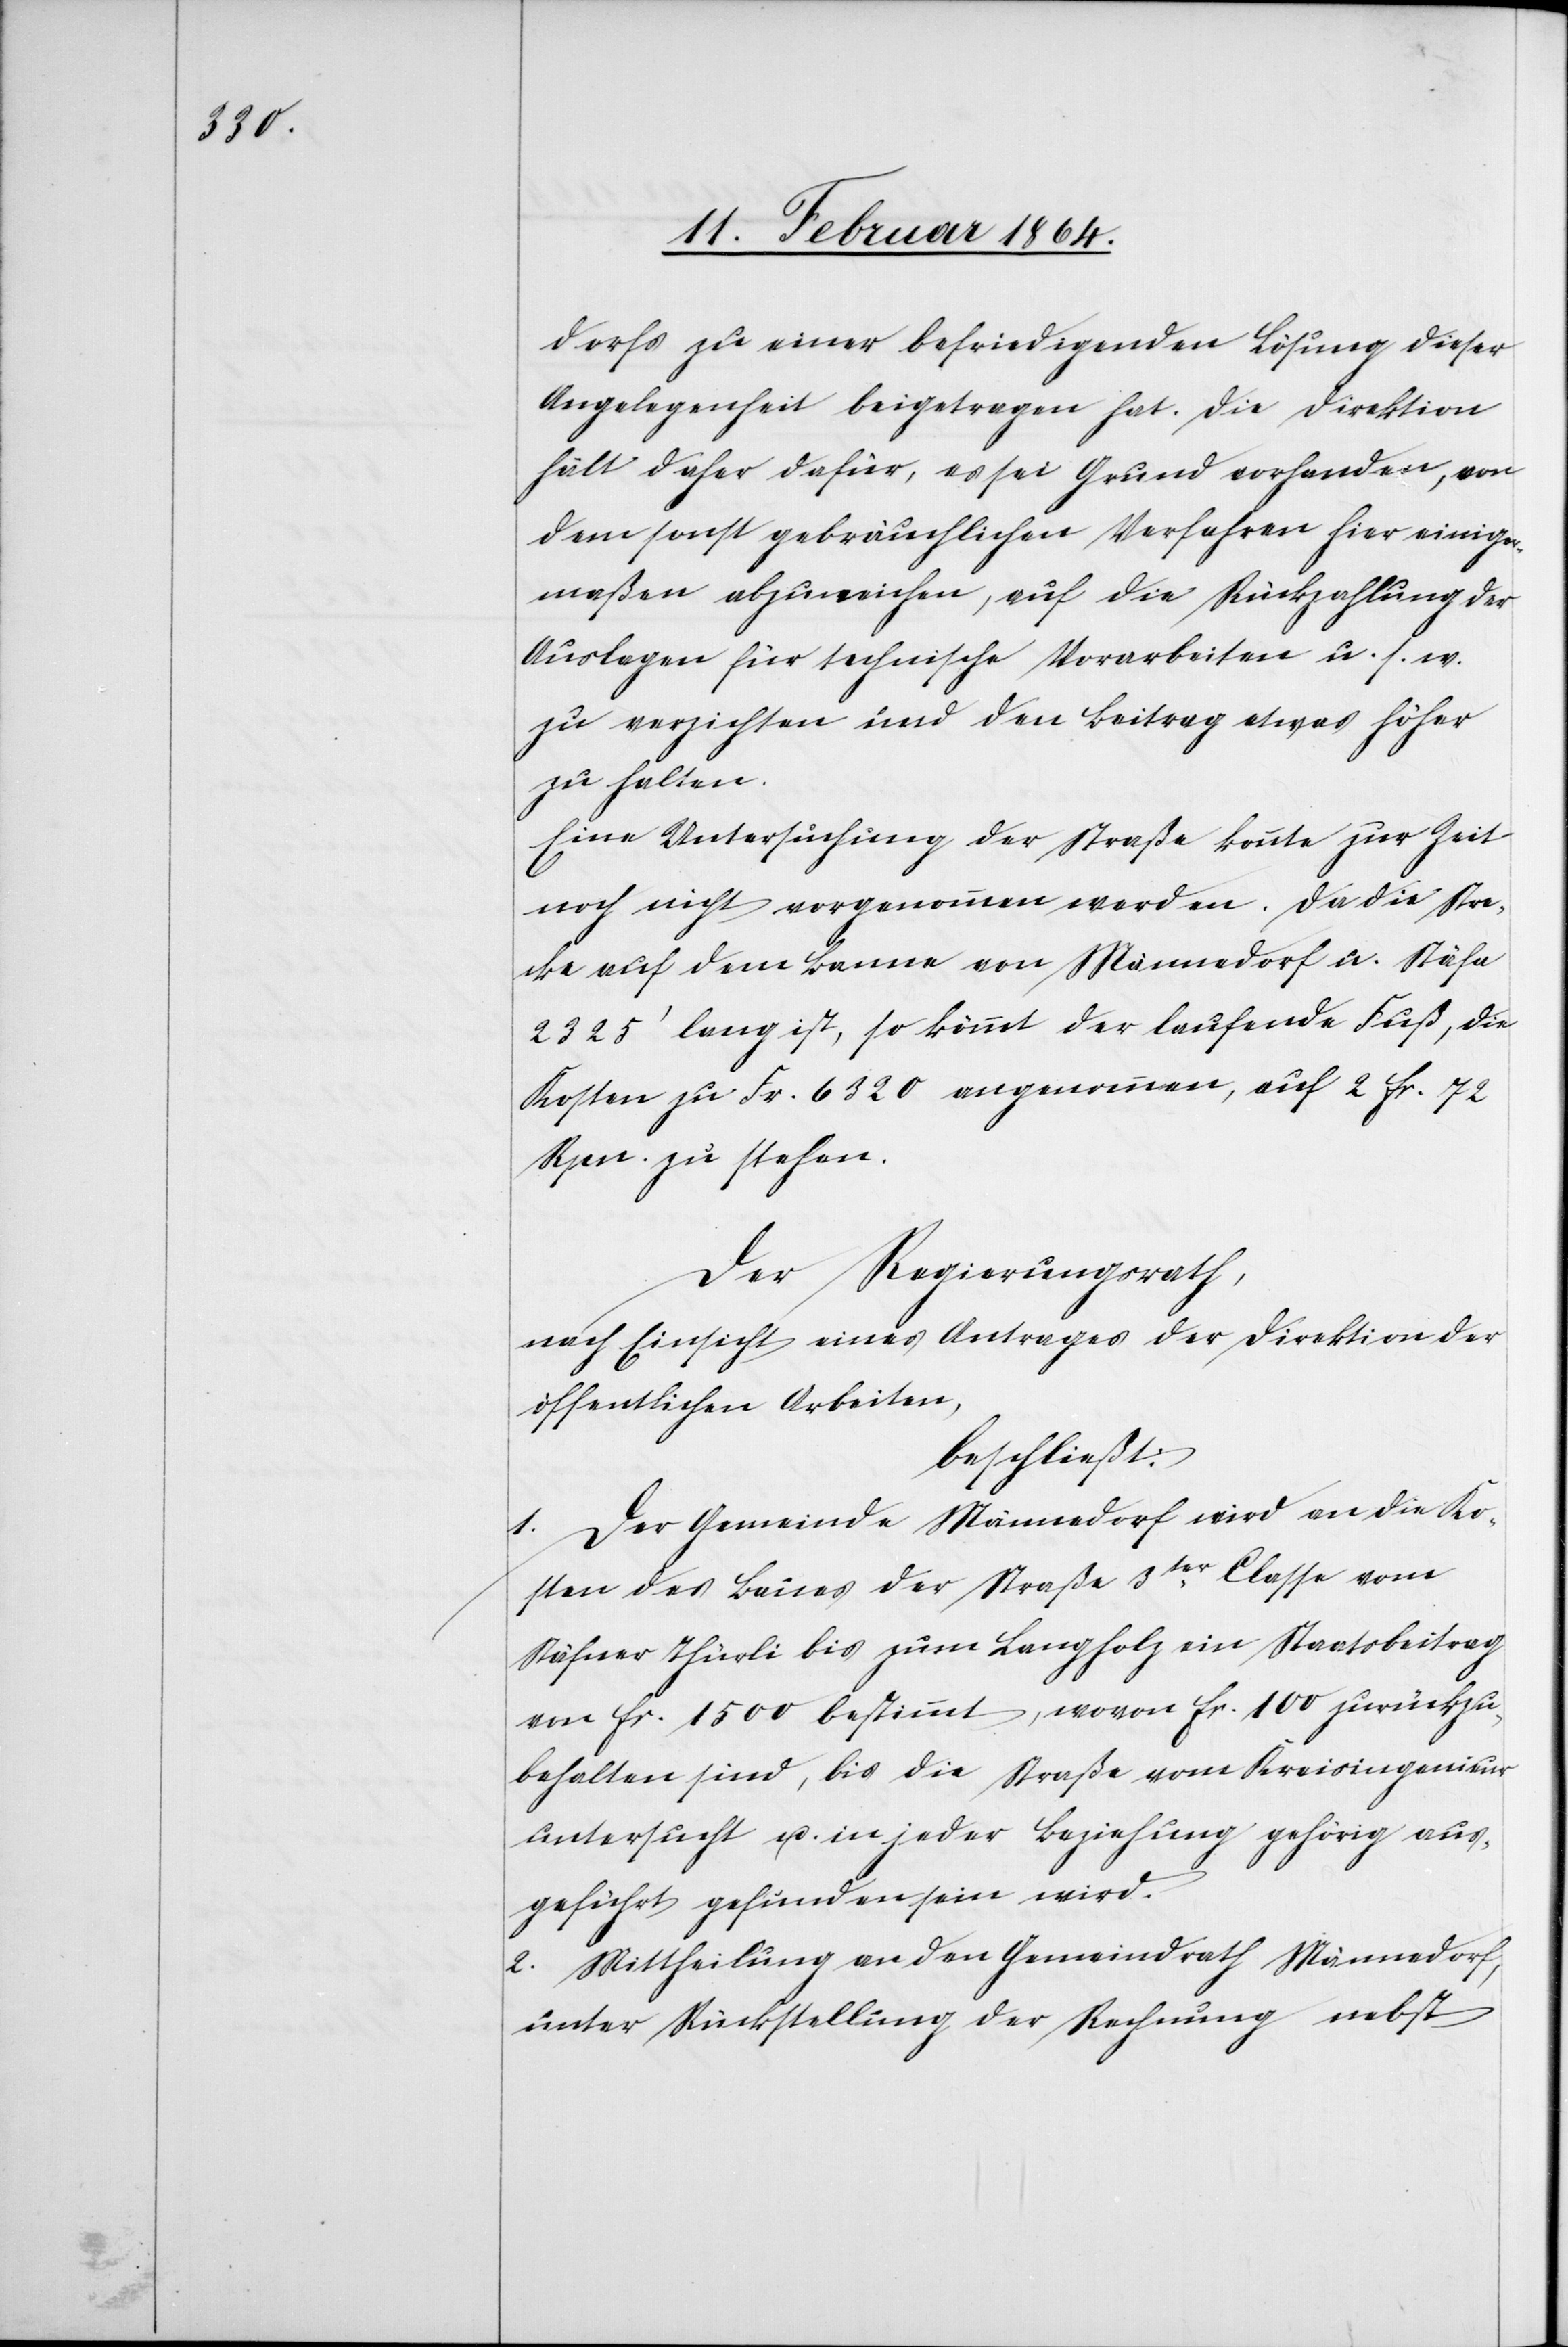
dorfs zu einer befriedigenden Lösung dieser
Angelegenheit beigetragen hat. Die Direktion
hält daher dafür, es sei Grund vorhanden, von
dem sonst gebräuchlichen Verfahren hier einiger¬
maßen abzuweichen, auf die Rückzahlung der
Auslagen für technische Vorarbeiten u. s. w.
zu verzichten und den Beitrag etwas höher
zu halten.
Eine Untersuchung der Straße konnte zur Zeit
noch nicht vorgenommen werden. Da die Stre¬
cke auf dem Banne von Männedorf u. Stäfa
2325’ lang ist, so kömmt der laufende Fuß, die
Kosten zu Fr. 6320 angenommen, auf 2 fr. 72
Rpn. zu stehen.
Der Regierungsrath,
nach Einsicht eines Antrages der Direktion der
öffentlichen Arbeiten,
beschließt:
1. Der Gemeinde Männedorf wird an die Ko¬
sten des Baues der Straße 3ter Classe vom
Stäfner Thürli bis zum Langholz ein Staatsbeitrag
von fr. 1500 bestimmt, wovon fr. 100 zurückzu¬
behalten sind, bis die Straße vom Kreisingenieur
untersucht u. in jeder Beziehung gehörig aus¬
geführt gefunden sein wird.
3. Mittheilung an den Gemeindrath Männedorf,
unter Rückstellung der Rechnung nebst